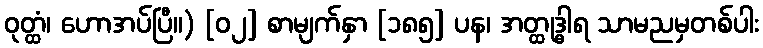
ဝုတ္ထံ၊ ဟောအပ်ပြီ။) [၀၂] စာမျက်နှာ [၁၈၅] ပန၊ အတ္ထုဒ္ဓါရ သာမညမှတစ်ပါး